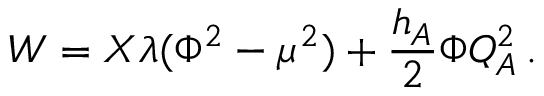
W = X \lambda ( \Phi ^ { 2 } - \mu ^ { 2 } ) + { \frac { h _ { A } } { 2 } } \Phi Q _ { A } ^ { 2 } \, .